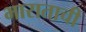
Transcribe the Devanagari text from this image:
भाराताची